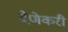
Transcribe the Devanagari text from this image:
देणेकरी